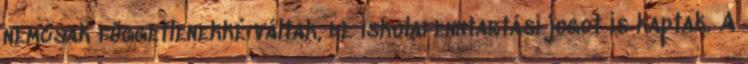
nemcsak függetlenekké váltak, de iskolafenntartási jogot is kaptak. A